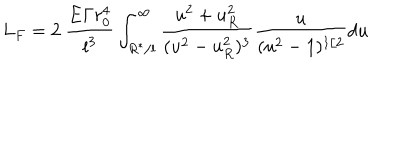
LaTeX: L _ { F } = 2 \ \frac { { \bf E } \Gamma r _ { 0 } ^ { 4 } } { { \bf l } ^ { 3 } } \int _ { R ^ { * } / { \bf l } } ^ { \infty } \frac { u ^ { 2 } + u _ { R } ^ { 2 } } { ( u ^ { 2 } - u _ { R } ^ { 2 } ) ^ { 3 } } \frac { u } { ( u ^ { 2 } - 1 ) ^ { 1 / 2 } } d u